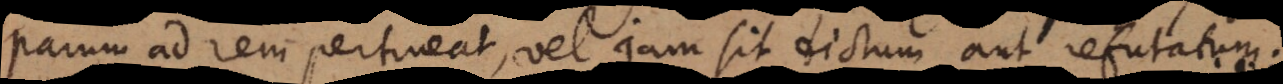
parum ad rem pertineat, vel jam sit dictum aut refutatum.